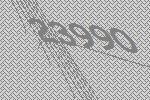
23990